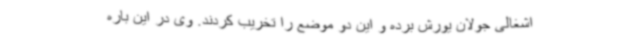
اشغالی جولان یورش برده و این دو موضع را تخریب کردند. وی در این باره